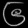
Digit: ၆